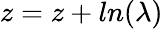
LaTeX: z=z+ln(\lambda)